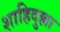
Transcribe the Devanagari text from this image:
शाहिदुल्ला